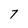
Character: 7